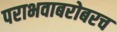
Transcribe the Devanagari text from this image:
पराभवाबरोबरच